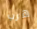
هرب